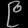
Digit: ၉